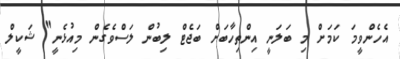
އެހެންވީމަ ކަމަށް މި ބަލަނީ އިންތިހާބަށް ބަޖެޓް ލިބުން ލަސްވެގެން މިއުޅެނީ" ޝަކީލް